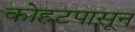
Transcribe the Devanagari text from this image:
कोहटपासून